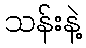
သန်းနဲ့